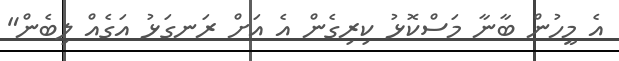
އެ މީހުން ބާނާ މަސްކޮޅު ކިރިގެން އެ އަށް ރަނގަޅު އަގެއް ލިބެން"